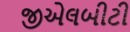
જીએલબીટી